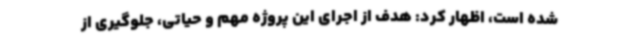
شده است، اظهار کرد: هدف از اجرای این پروژه مهم و حیاتی، جلوگیری از